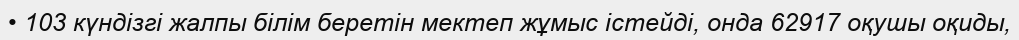
• 103 күндізгі жалпы білім беретін мектеп жұмыс істейді, онда 62917 оқушы оқиды,